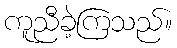
ကူညီခဲ့ကြသည်။